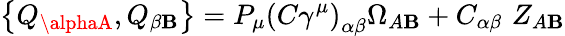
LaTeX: \left\{ Q_{\alphaA},Q_{\beta\mathbf{B}}\right\} =P_{\mu}\left(C\gamma^{\mu}\right)_{\alpha\beta}\Omega_{A\mathbf{B}}+C_{\alpha\beta}\, \, Z_{A\mathbf{B}}